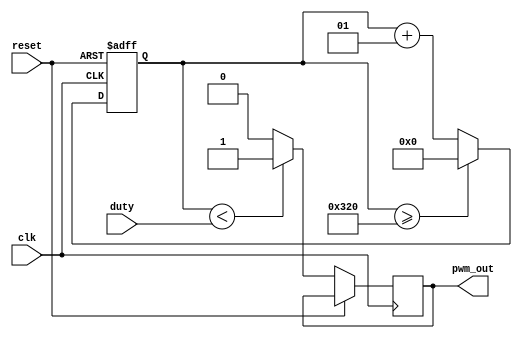
module pwm(
  input clk,
  input reset,
  input [23:0] duty,
  output reg pwm_out
);

localparam CLK_FREQ   = 16_000_000;
localparam PWM_FREQ   = 20_000;

integer pwm_counter;

always @(posedge clk, posedge reset) begin: PWM
  if(reset) begin
    pwm_counter <= 0;
  end else begin
    pwm_counter <= pwm_counter+1;
    if(pwm_counter>=(CLK_FREQ/PWM_FREQ)) begin
      pwm_counter <= 0;
    end
    if(pwm_counter<duty)begin
      pwm_out <= 1;
    end else begin
      pwm_out <= 0;
    end
  end
end


endmodule